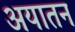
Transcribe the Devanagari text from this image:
अयातन